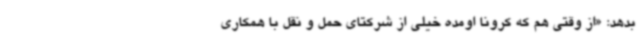
بدهد: «از وقتی هم که کرونا اومده خیلی از شرکتای حمل و نقل با همکاری